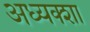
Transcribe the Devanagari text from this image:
अध्यक्शा